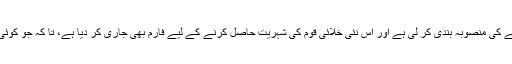
یہ کوئی فرضی پیشکش نہیں بلکہ واقعی سائنسدانوں نے خلاءمیں ایک بستی بسانے کی منصوبہ بندی کر لی ہے اور اس نئی خلائی قوم کی شہریت حاصل کرنے کے لیے فارم بھی جاری کر دیا ہے، تا کہ جو کوئی اس نئے خلائی ملک کی شہریت حاصل کرنا چاہتا ہے وہ یہ فارم حاصل کرلے۔